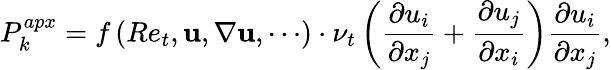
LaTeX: P_{k}^{apx}=f\left(Re_{t},\mathbf{u},\nabla\mathbf{u},\cdots\right)\cdot\nu_{t}\left(\frac{\partial u_{i}}{\partial x_{j}}+\frac{\partial u_{j}}{\partial x_{i}}\right)\frac{\partial u_{i}}{\partial x_{j}},